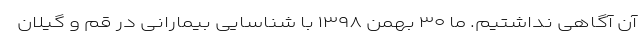
آن آگاهی نداشتیم. ما ۳۰ بهمن ۱۳۹۸ با شناسایی بیمارانی در قم و گیلان